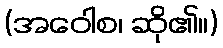
(အဝေါစ၊ ဆို၏။)